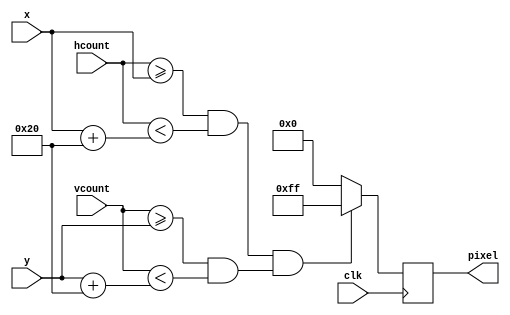
//  ===================================================================================
//  								  Define Module, Inputs and Outputs
//													* Draw ball *
//  ===================================================================================
module draw_ball #(parameter WIDTH = 32,  // default width: 32 pixels
                   HEIGHT = 32)(          // default height: 32 pixels
		x,
		hcount, 
		y,
		vcount,
		clk,
		pixel
);

// ====================================================================================
// 										Port Declarations
// ====================================================================================
	input [10:0] x;
	input [10:0] hcount;
	input [9:0]  y;
	input [9:0]  vcount;
	input 		 clk;
	output [7:0] pixel;
	
// ====================================================================================
// 								Parameters, Register, and Wires
// ====================================================================================
	reg 			 COLOR = 8'hFF;
	reg [7:0] 	 pixel;

//  ===================================================================================
// 							  				Implementation
//  ===================================================================================

		always @(posedge clk) 
		begin
			if ((hcount >= x && hcount < (x+WIDTH)) && (vcount >= y && vcount < (y+HEIGHT)))
				pixel <= 8'hFF;
			else
				pixel <= 8'b0;
		end
				
endmodule